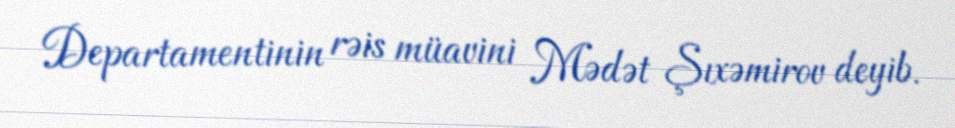
Departamentinin rəis müavini Mədət Şıxəmirov deyib.